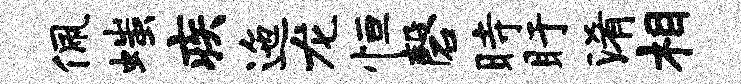
佩嗤疾迤龙恒磬时盱淆相